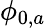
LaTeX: \phi_{0,a}